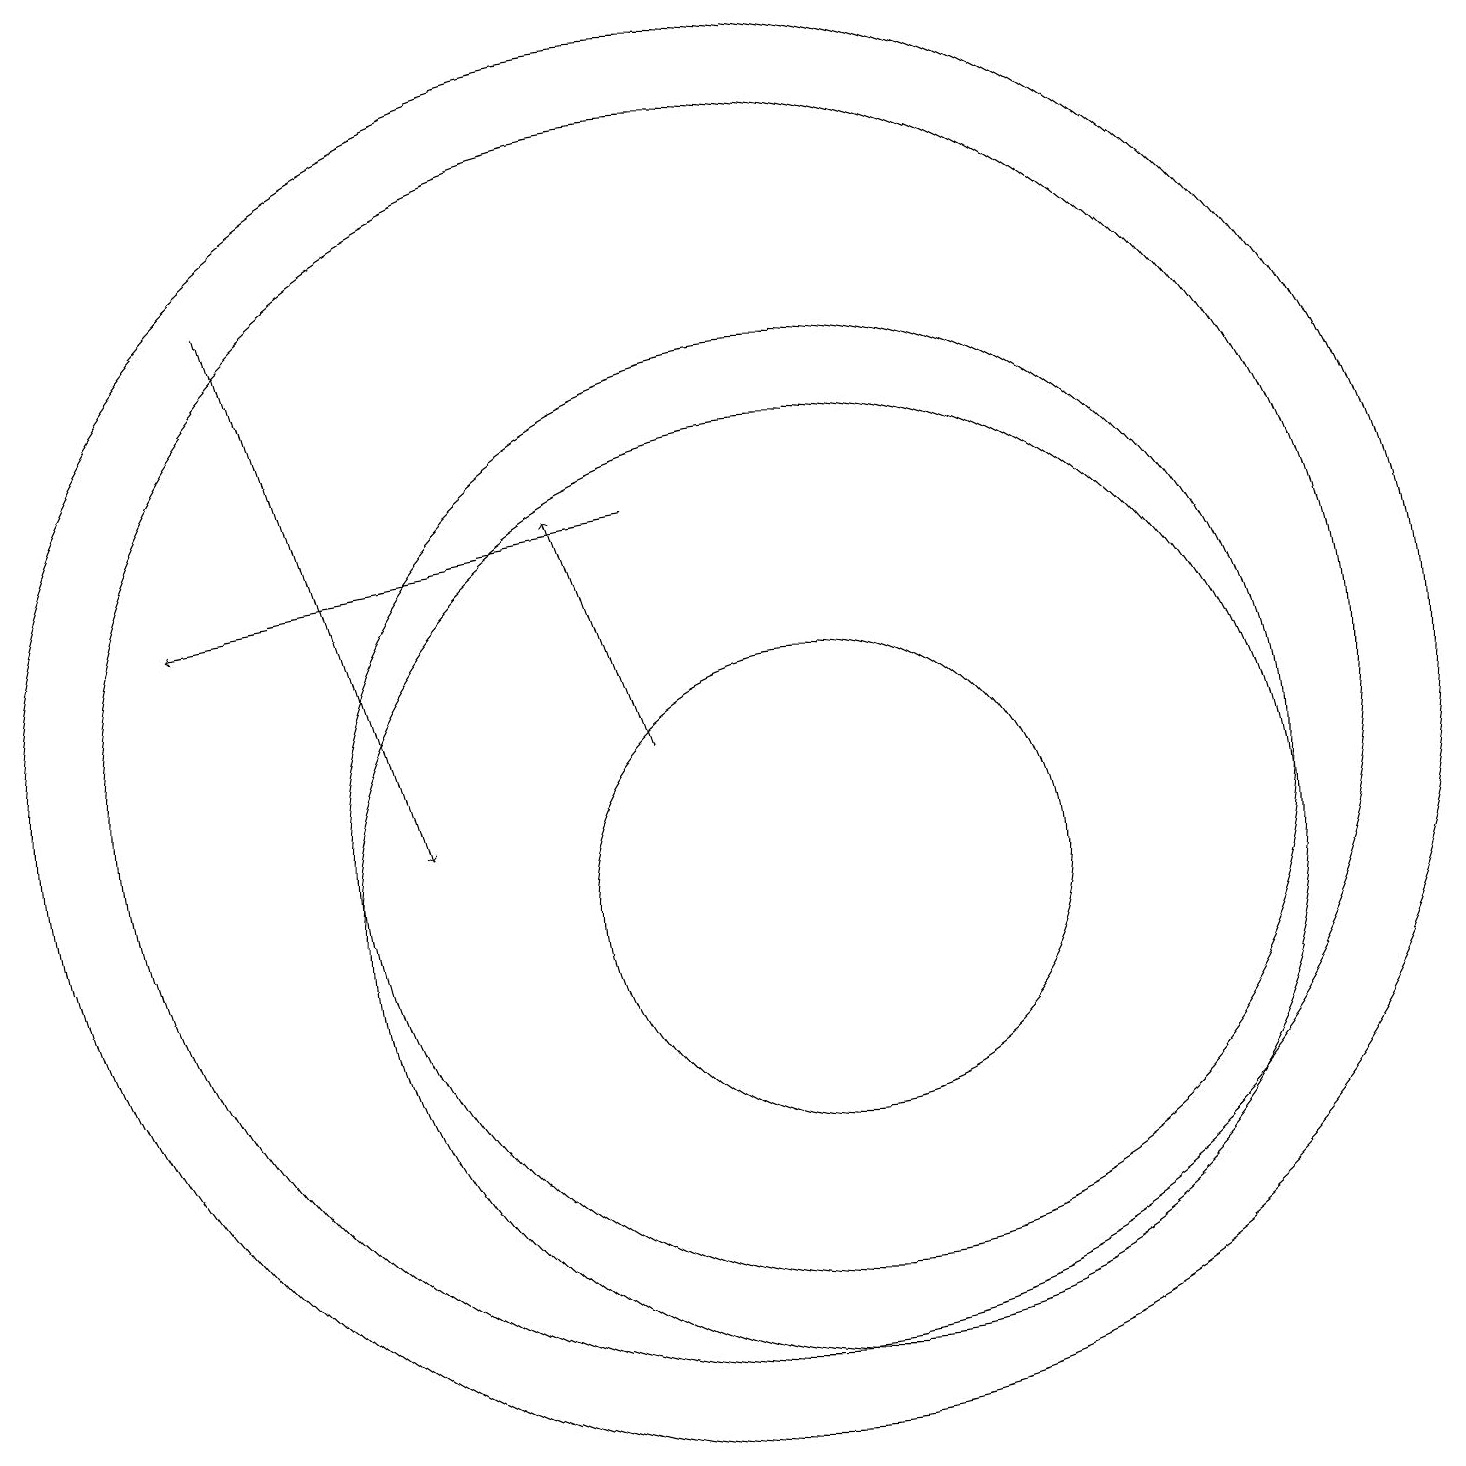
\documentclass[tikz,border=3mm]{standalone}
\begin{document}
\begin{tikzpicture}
\draw (11,10) circle (3);
\draw[->] (9,15) -- (3,14);
\draw (10,12) circle (9);
\draw[->] (4,18) -- (6,11);
\draw (10,12) circle (8);
\draw[->] (9,12) -- (8,15);
\draw (11,11) circle (6);
\draw (11,10) circle (6);
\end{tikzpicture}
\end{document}